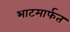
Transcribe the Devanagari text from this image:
भाटमार्फत